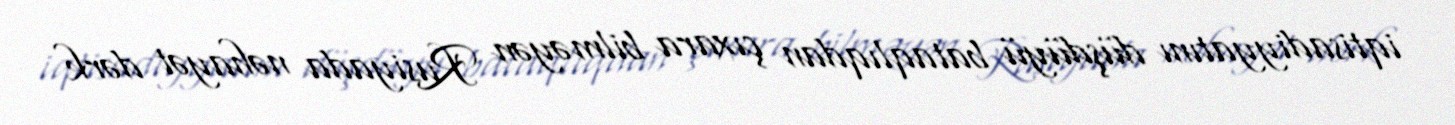
iqtisadiyyatını düşdüyü bataqlıqdan çıxara bilməyən Rusiyada nəhayət dərk